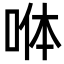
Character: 𭈄